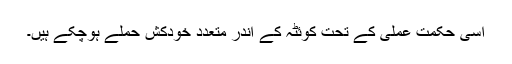
اسی حکمت عملی کے تحت کوئٹہ کے اندر متعدد خودکش حملے ہوچکے ہیں۔